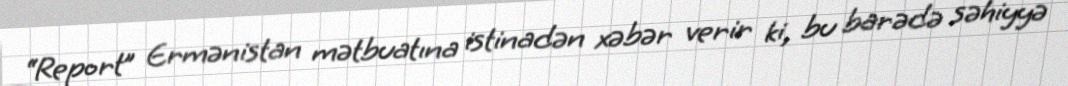
“Report” Ermənistan mətbuatına istinadən xəbər verir ki, bu barədə səhiyyə